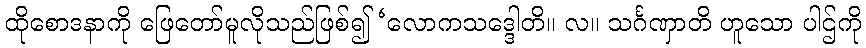
ထိုစောဒနာကို ဖြေတော်မူလိုသည်ဖြစ်၍ ‘လောကသဒ္ဒေါတိ။ လ။ သင်္ဂဏှာတိ ဟူသော ပါဌ်ကို